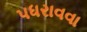
પધરાવવા